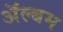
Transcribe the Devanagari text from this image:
अॅल्बम